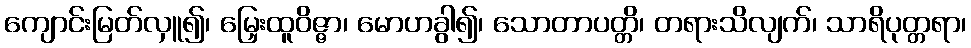
ကျောင်းမြတ်လှူ၍၊ မြှေးထူဝိဇ္ဇာ၊ မောဟခွါ၍၊ သောတာပတ္တိ၊ တရားသိလျက်၊ သာရိပုတ္တရာ၊